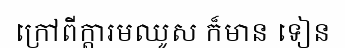
ក្រៅពីក្តារមឈូស ក៏មាន ទៀន